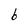
Character: b